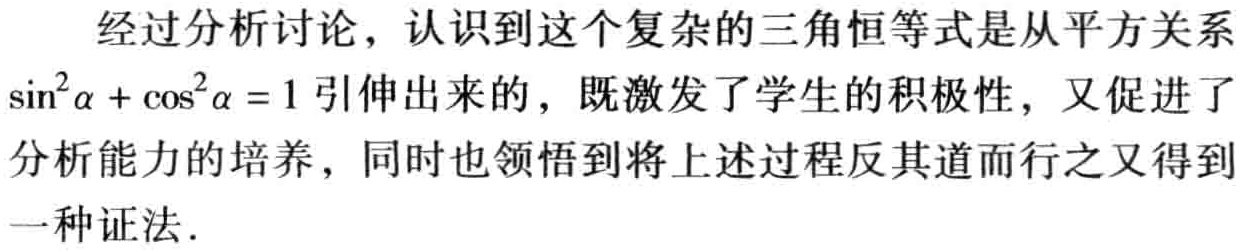
经过分析讨论，认识到这个复杂的三角恒等式是从平方关系\(\sin^{2}\alpha+\cos^{2}\alpha = 1\)引伸出来的，既激发了学生的积极性，又促进了分析能力的培养，同时也领悟到将上述过程反其道而行之又得到一种证法.